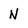
Character: N